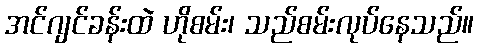
အင်ဂျင်ခန်းထဲ ဟိုစမ်း၊ သည်စမ်းလုပ်နေသည်။